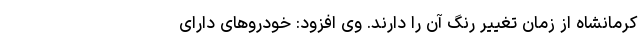
کرمانشاه از زمان تغییر رنگ آن را دارند. وی افزود: خودرو‌های دارای